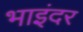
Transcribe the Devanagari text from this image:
भाइंदर